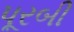
પૂરબી